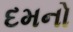
દમનો